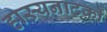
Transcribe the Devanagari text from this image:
हास्यनाटकों